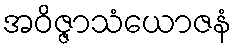
အဝိဇ္ဇာသံယောဇနံ